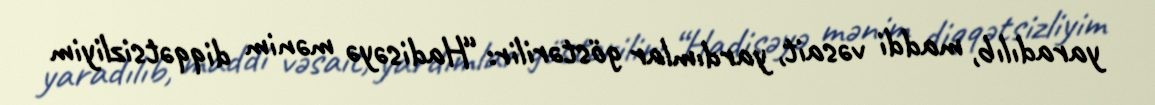
yaradılıb, maddi vəsait, yardımlar göstərilir: “Hadisəyə mənim diqqətsizliyim